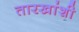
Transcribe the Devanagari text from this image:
तारखांशी